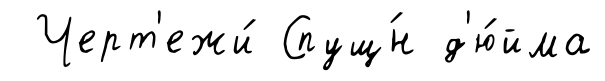
Черт'ежи́ Спущ́н д'ю́йма